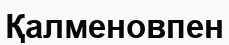
Қалменовпен